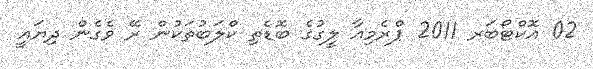
02 އޮކްޓޯބަރ 2011 ޕްރެމިއާ ލީގުގެ ބޮޑެތި ކްލަބުތަކުން ރޭ ވެގެން ދިޔައީ